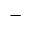
-